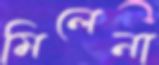
মিলেনা